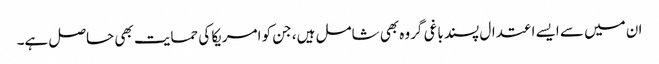
ان میں سے ایسے اعتدال پسند باغی گروہ بھی شامل ہیں، جن کو امریکا کی حمایت بھی حاصل ہے۔